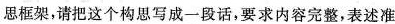
思框架，请把这个构思写成一段话，要求内容完整，表述准